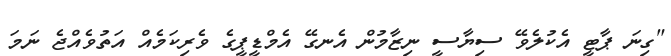
"ގިނަ ޕާޓީ އެކުލެވޭ ސިޔާސީ ނިޒާމުން އެނގޭ އެމްޑީޕީގެ ވެރިކަމެއް އަތުވެއްޖެ ނަމަ